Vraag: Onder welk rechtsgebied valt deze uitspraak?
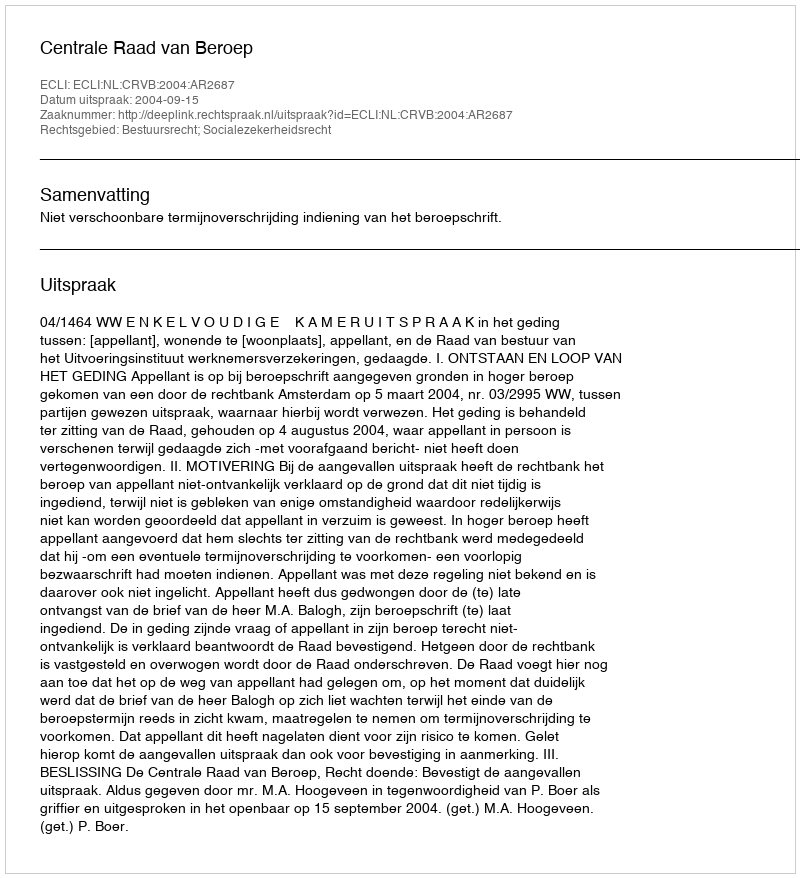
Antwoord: Bestuursrecht; Socialezekerheidsrecht